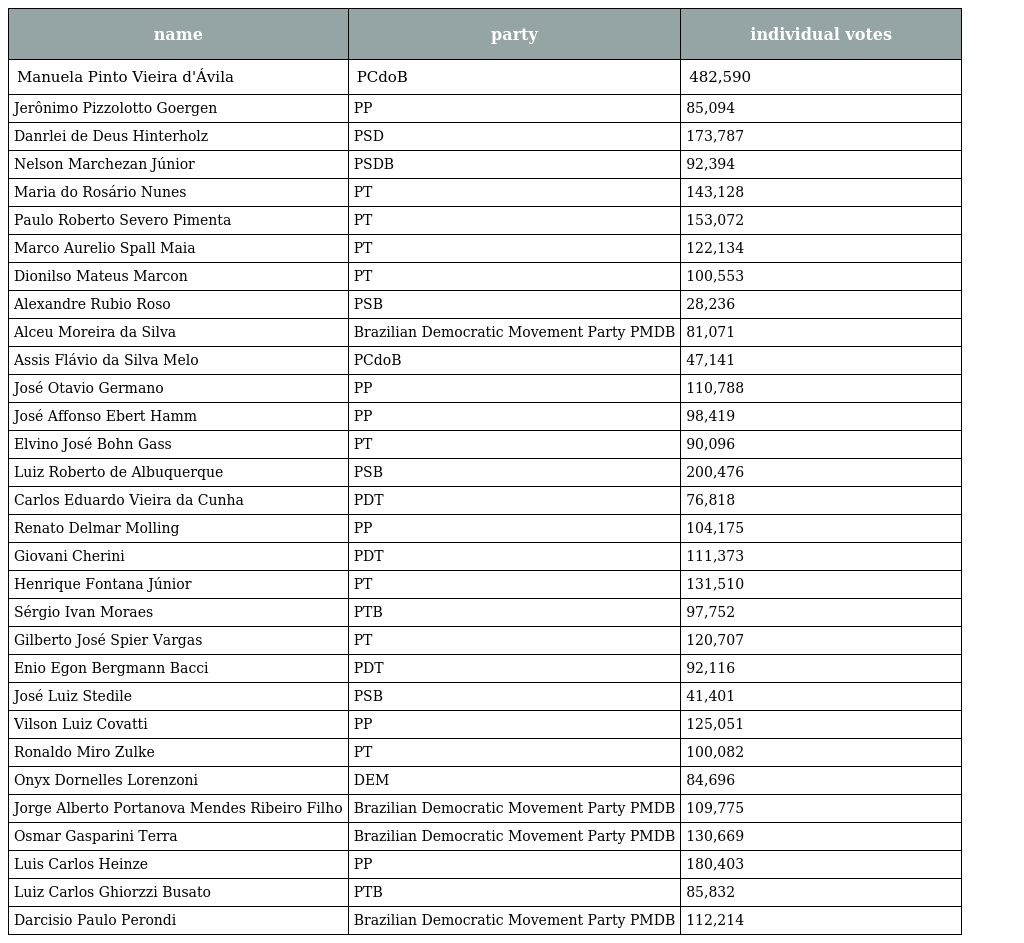
| name | party | individual votes |
 | --- | --- | --- |
 | Manuela Pinto Vieira d'Ávila | PCdoB | 482,590 |
 | Jerônimo Pizzolotto Goergen | PP | 85,094 |
 | Danrlei de Deus Hinterholz | PSD | 173,787 |
 | Nelson Marchezan Júnior | PSDB | 92,394 |
 | Maria do Rosário Nunes | PT | 143,128 |
 | Paulo Roberto Severo Pimenta | PT | 153,072 |
 | Marco Aurelio Spall Maia | PT | 122,134 |
 | Dionilso Mateus Marcon | PT | 100,553 |
 | Alexandre Rubio Roso | PSB | 28,236 |
 | Alceu Moreira da Silva | Brazilian Democratic Movement Party PMDB | 81,071 |
 | Assis Flávio da Silva Melo | PCdoB | 47,141 |
 | José Otavio Germano | PP | 110,788 |
 | José Affonso Ebert Hamm | PP | 98,419 |
 | Elvino José Bohn Gass | PT | 90,096 |
 | Luiz Roberto de Albuquerque | PSB | 200,476 |
 | Carlos Eduardo Vieira da Cunha | PDT | 76,818 |
 | Renato Delmar Molling | PP | 104,175 |
 | Giovani Cherini | PDT | 111,373 |
 | Henrique Fontana Júnior | PT | 131,510 |
 | Sérgio Ivan Moraes | PTB | 97,752 |
 | Gilberto José Spier Vargas | PT | 120,707 |
 | Enio Egon Bergmann Bacci | PDT | 92,116 |
 | José Luiz Stedile | PSB | 41,401 |
 | Vilson Luiz Covatti | PP | 125,051 |
 | Ronaldo Miro Zulke | PT | 100,082 |
 | Onyx Dornelles Lorenzoni | DEM | 84,696 |
 | Jorge Alberto Portanova Mendes Ribeiro Filho | Brazilian Democratic Movement Party PMDB | 109,775 |
 | Osmar Gasparini Terra | Brazilian Democratic Movement Party PMDB | 130,669 |
 | Luis Carlos Heinze | PP | 180,403 |
 | Luiz Carlos Ghiorzzi Busato | PTB | 85,832 |
 | Darcisio Paulo Perondi | Brazilian Democratic Movement Party PMDB | 112,214 |